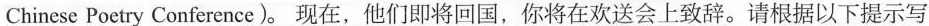
Chinese Poetry Conference)。现在，他们即将回国，你将在欢送会上致辞。请根据以下提示写